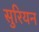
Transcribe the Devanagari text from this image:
सुरियन